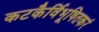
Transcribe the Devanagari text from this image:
कटकैर्विभूषितकरं